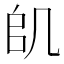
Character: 𠙋